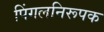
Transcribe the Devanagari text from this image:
पिंगलनिरूपक